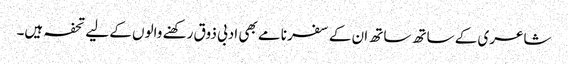
شاعری کے ساتھ ساتھ ان کے سفر نامے بھی ادبی ذوق رکھنے والوں کے لیے تحفہ ہیں۔